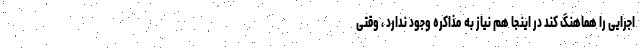
اجرایی را هماهنگ کند در اینجا هم نیاز به مذاکره وجود ندارد ، وقتی